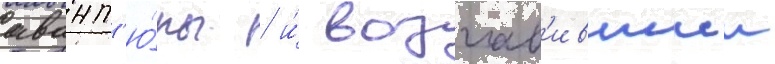
авант'ю́ры / и́ возглав'ившии